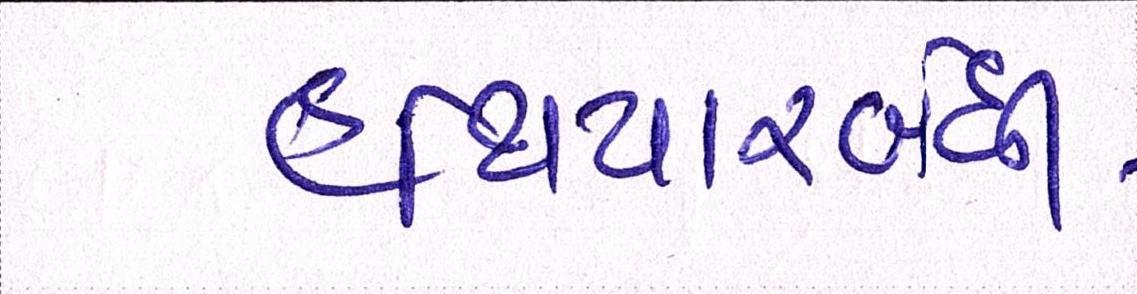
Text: હથિયારબંધી